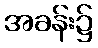
အခန်း၌